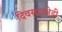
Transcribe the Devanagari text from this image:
दिवसाउजेडी